38_143685_box7_Incident_Summaries_1-100
Agency: Department of War
Page 180
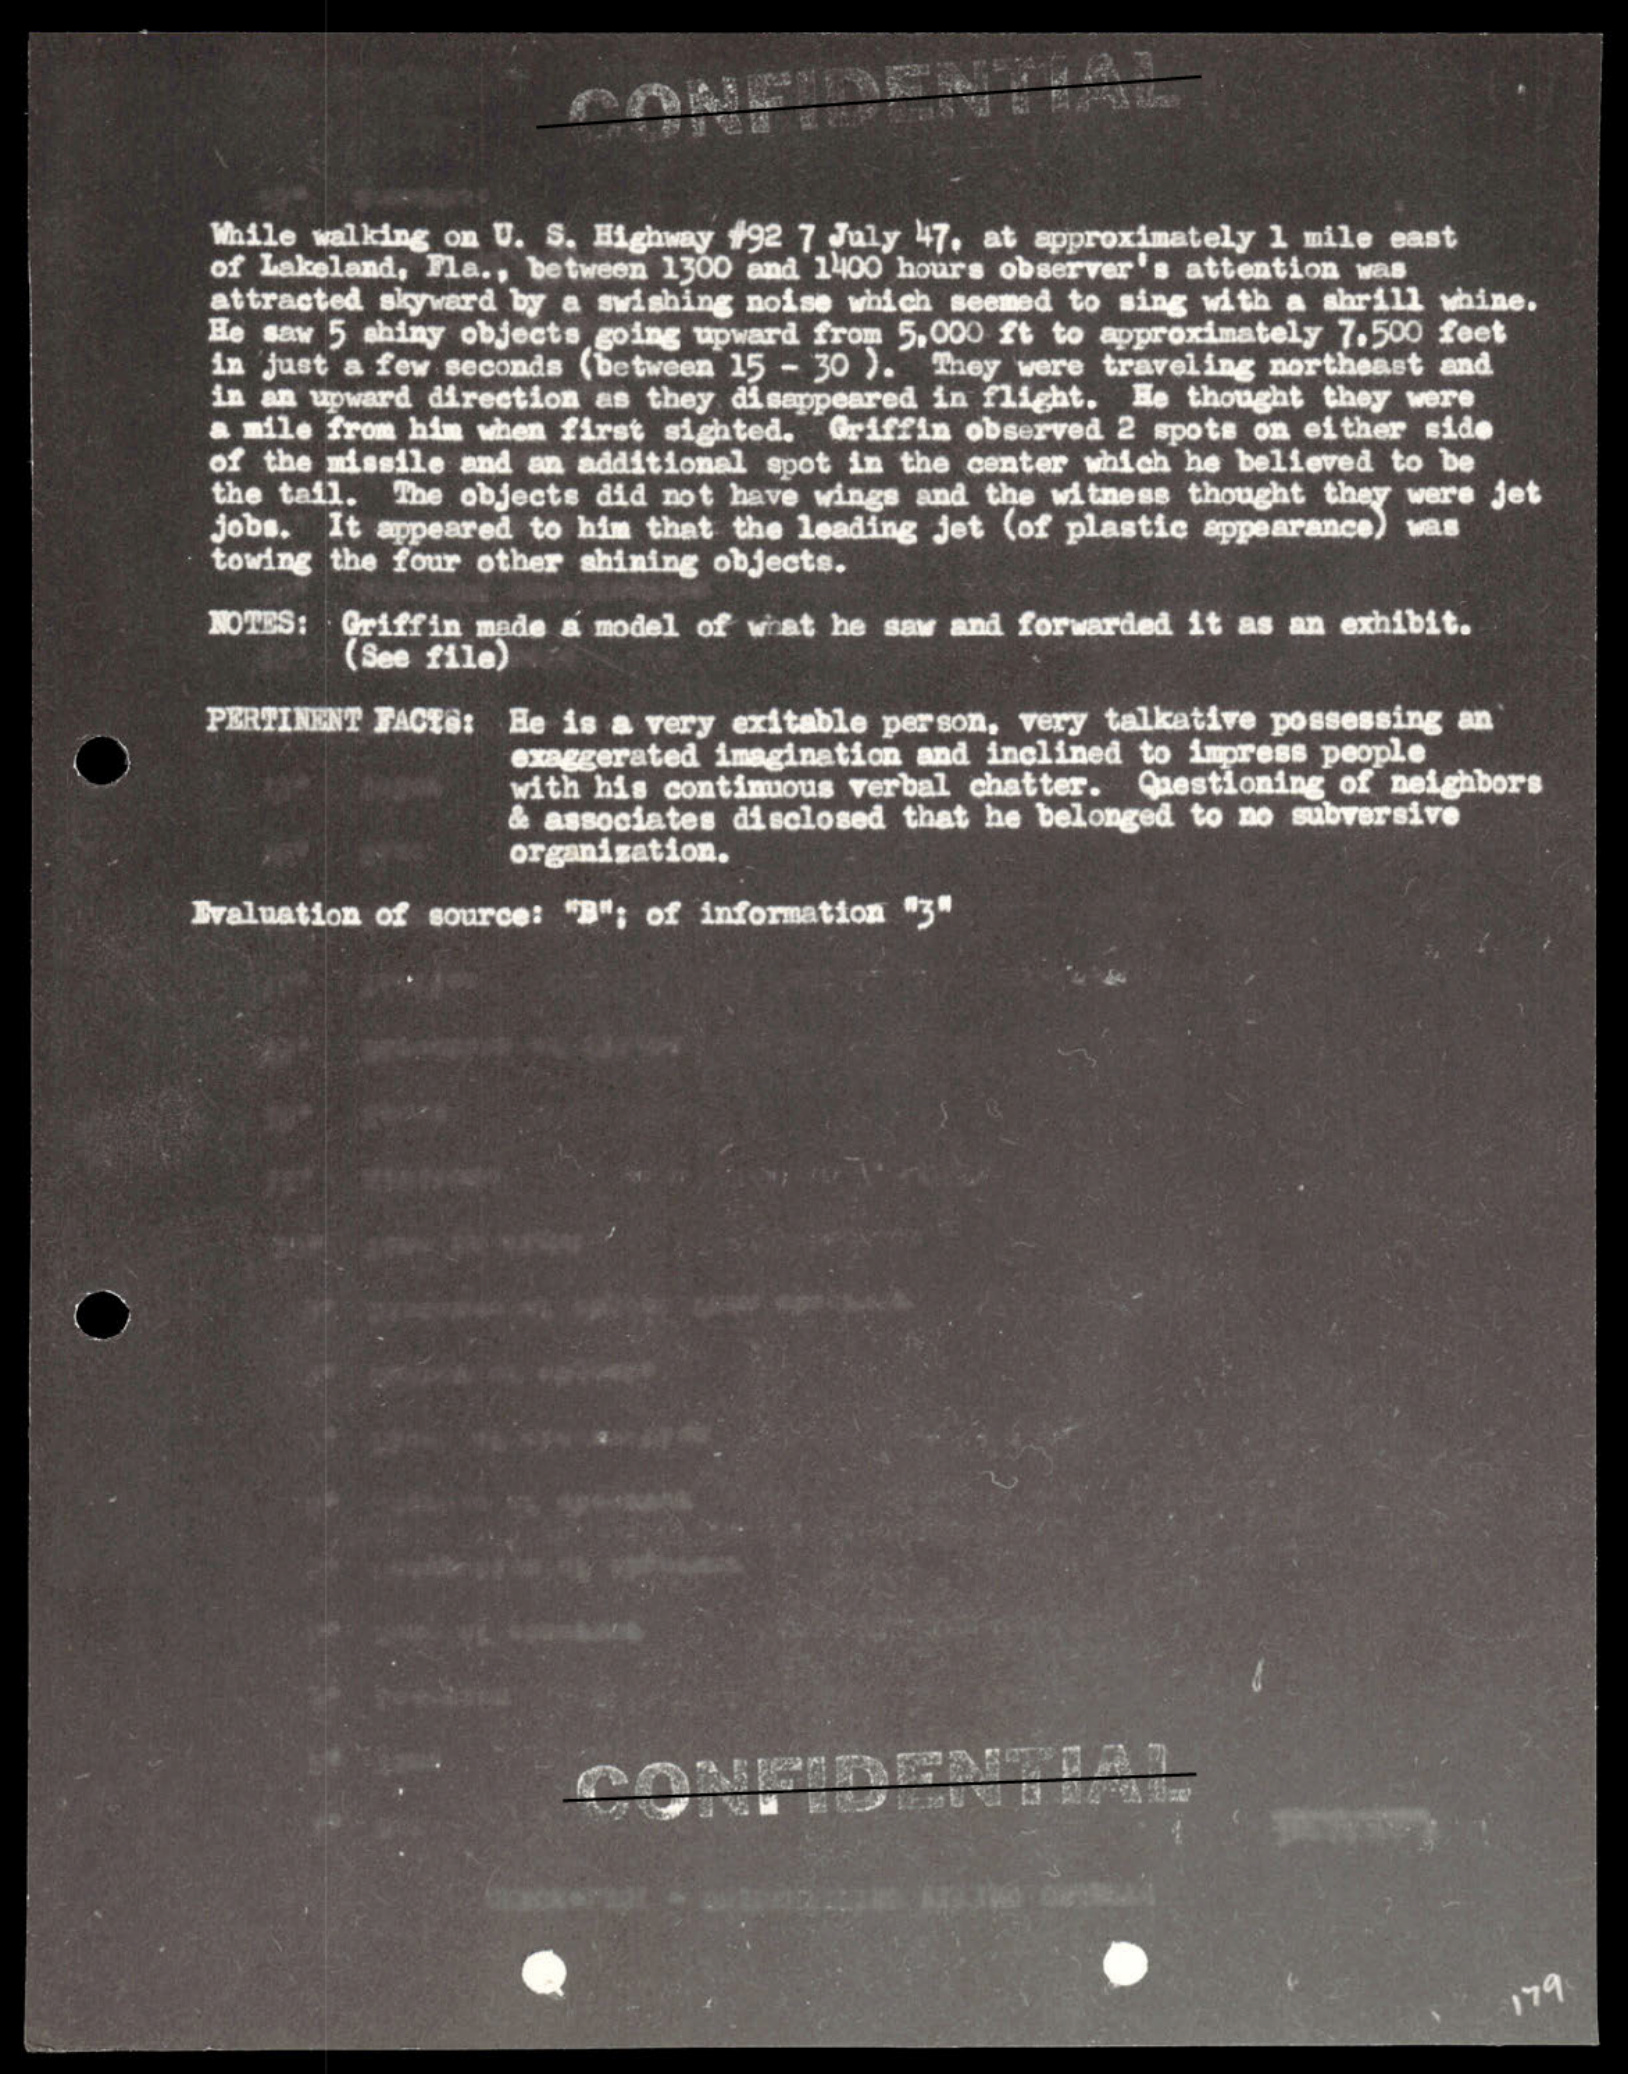